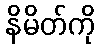
နိမိတ်ကို